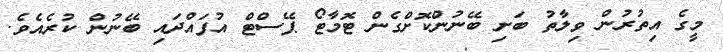
މީގެ އިތުރުން ވިލާތު ބަށި ބޭނުންކޮށްގެން ޓޮމާޓޯ ޕޭސްޓް އުފައްދައި ބޭނުން ކުރެއެވެ.